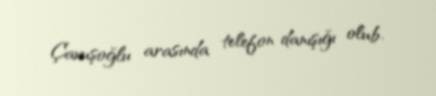
Çavuşoğlu arasında telefon danışığı olub.